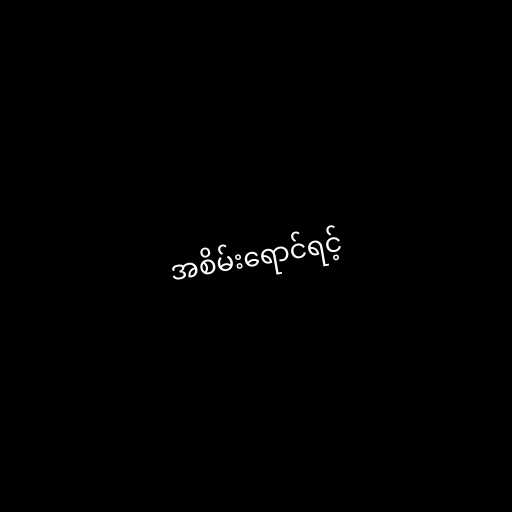
အစိမ်းရောင်ရင့်